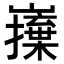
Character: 𭗦